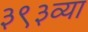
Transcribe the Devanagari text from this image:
३९३व्या